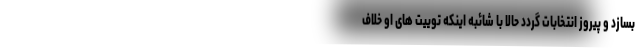
بسازد و پیروز انتخابات گردد حالا با شائبه اینکه توییت های او خلاف